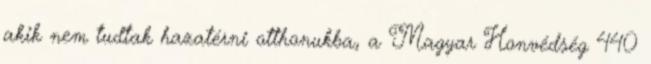
akik nem tudtak hazatérni otthonukba, a Magyar Honvédség 440